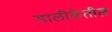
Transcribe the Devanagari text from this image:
मालीकेतील